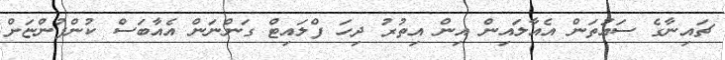
ޗައިނާގެ ސައުތަން އެއާލައިން އިން އިތުރު ދިހަ ފްލައިޓް ގަންނަން އެއާބަސް ކުންފުންޏަށް